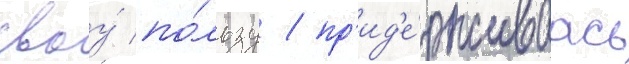
своу́ по́льзу / пр'ид'е́рживаась